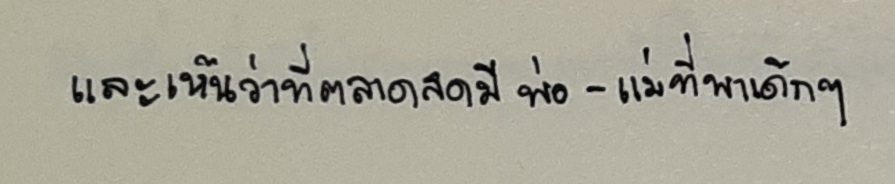
และเห็นว่าที่ตลาดสดมีพ่อ-แม่ที่มักพาเด็กๆ